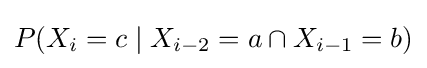
P(X_{i}=c\mid X_{i-2}=a\cap X_{i-1}=b)